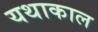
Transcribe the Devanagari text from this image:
यथाकाल